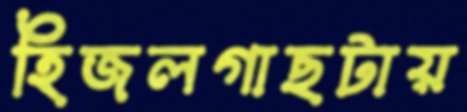
হিজলগাছটায়